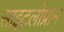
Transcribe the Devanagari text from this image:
साइटलोप्राम